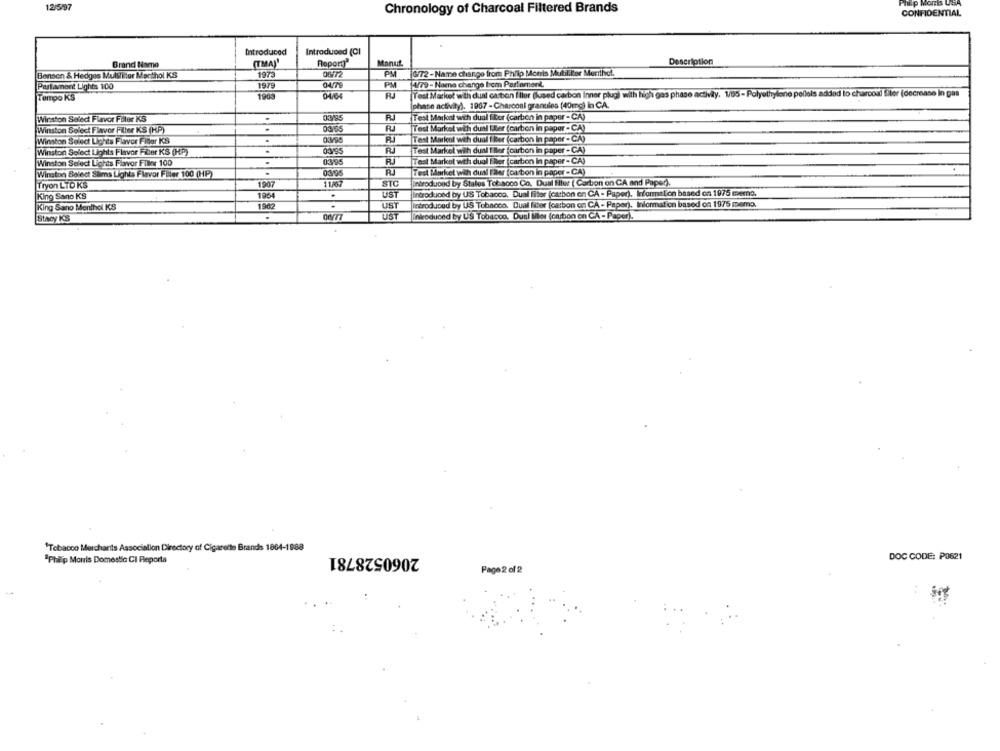
12/5/97
hip Morris UGA
Chronology of Charcoal Filtered Brands
CONFIDENTIAL
Introduced
Introduced (CI
Description
Brand Name
(TMA)'
Roport"
Manut
Benson & Hedges Mulsliter Menthol KS
1973
PM
[6/72-Name change from Philip Morris Mubil.Per Monthal.
Parlament Lights 100
1979
PM
[W79- Name change frem Partement.
Tempo KS
04/04
RJ
Test Market with dual carbon I'llur (lused carbon Inner plugi with high gas phase activity. 1/65- Polyethylene pellets added to charcoal filter (decrease in gas
phase activity). 1967 - Charcoal granules (40mg) in C.A.
Winston Seled Flavor Filer KS
Test Market with dual filer (carbon in paper - CA)
R
Test Market with dual fier (carbon in paper - CA)
Winston Select Flavor Filter KS (HP)
.
Winston Select Lights Flavor Fiber KS
.
Test Marient with dual I ker (carbon In paper - CA)
Winston Select Lights Flavor Filler KS (HP)
.
RJ
Test Market with dual I Nor (carbon in paper - CA)
Winston Select Lights Flavor Filler 100
0395
Test Market with dual Eller (carton in paper - CA)
Winston Select Slims Lights Flavor Filer 100 (HP)
Test Market with dual Eller foa bon in paper - CA)
Tryon LTO KS
1907
11/67
STC
Introduced by Stales Tobacco Co. Dual Hier ( Carbon on CA and Paper).
King Sano KS
1954
.
UST
introduced by US Tobacco. Dual filter (carbon en CA - Paper), Information based on 1975 mera.
Introduced by US Tobacco, Dual filter (carbon on CA - Paper), Information based on 1975 memo.
King Sano Menthol KS
1967
Stacy KS
.
US
Introduced by US
acco, Dunl
los (carbon en CA - Paper).
'Tobacco Merchants Association Directory of Cigarette Brands 1804-1988
2060528781
"Philip Morris Domestic CI Reporta
DOC CODE: P0621
Page 2 of 2